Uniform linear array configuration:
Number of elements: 24
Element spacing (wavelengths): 0.5
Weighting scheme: uniform
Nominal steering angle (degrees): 45
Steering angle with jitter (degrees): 45.808
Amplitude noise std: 0.05
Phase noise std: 0.05

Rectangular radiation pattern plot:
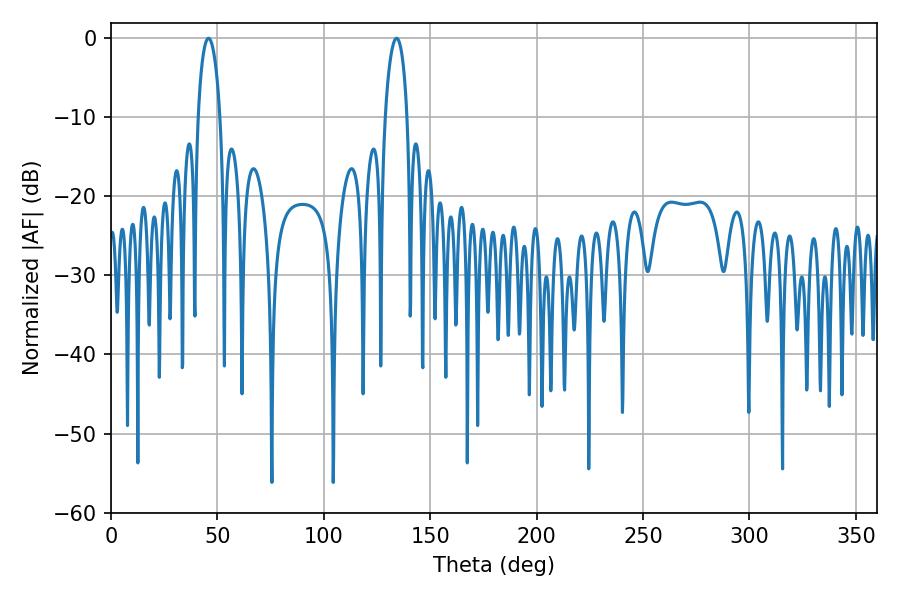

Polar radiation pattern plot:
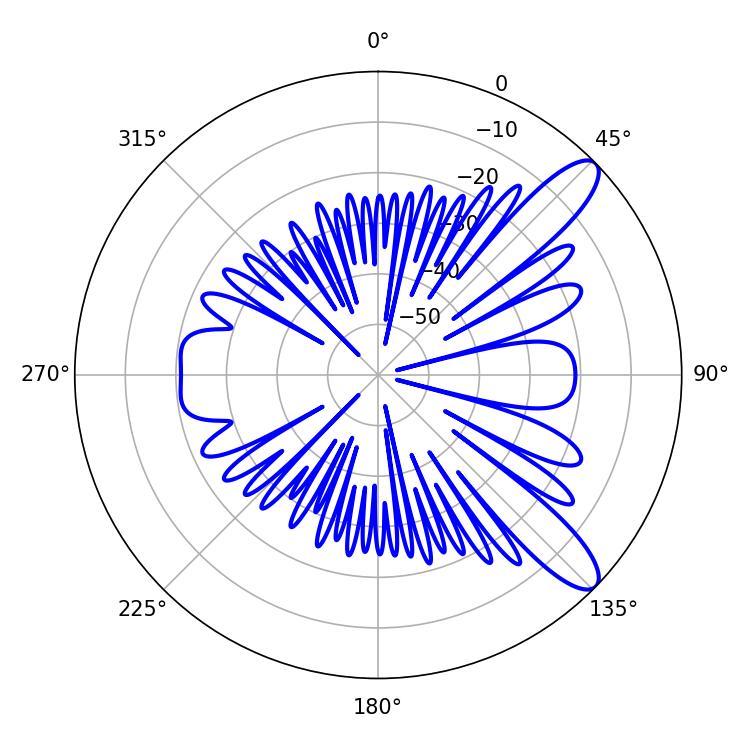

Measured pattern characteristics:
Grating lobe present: FALSE
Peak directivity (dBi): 10.826
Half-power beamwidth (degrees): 5.76
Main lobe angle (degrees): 45.72